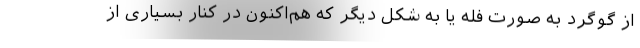
از گوگرد به صورت فله یا به شکل دیگر که هم‌اکنون در کنار بسیاری از